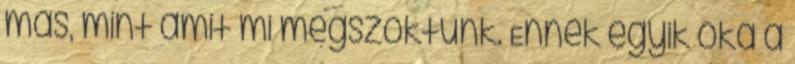
más, mint amit mi megszoktunk. Ennek egyik oka a